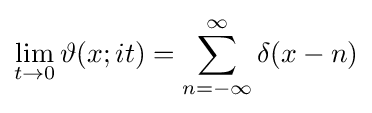
\lim _{t\to 0}\vartheta (x;it)=\sum _{n=-\infty }^{\infty }\delta (x-n)